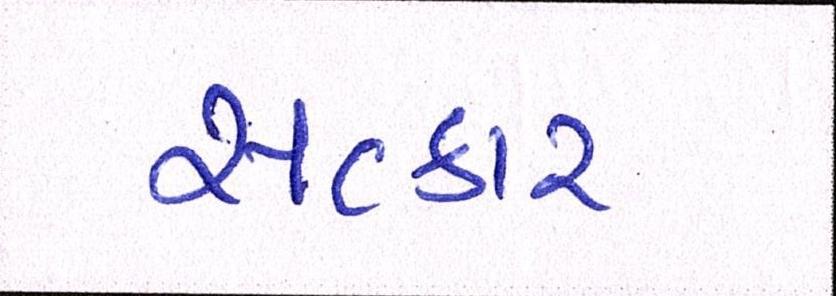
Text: સત્કાર